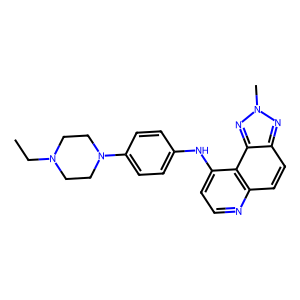
SMILES: CCN1CCN(c2ccc(Nc3ccnc4ccc5nn(C)nc5c34)cc2)CC1
Inhibits HIV replication: No